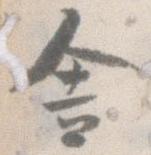
舎